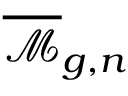
{ \overline { { \mathcal { M } } } } _ { g , n }